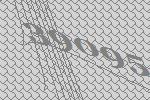
39095